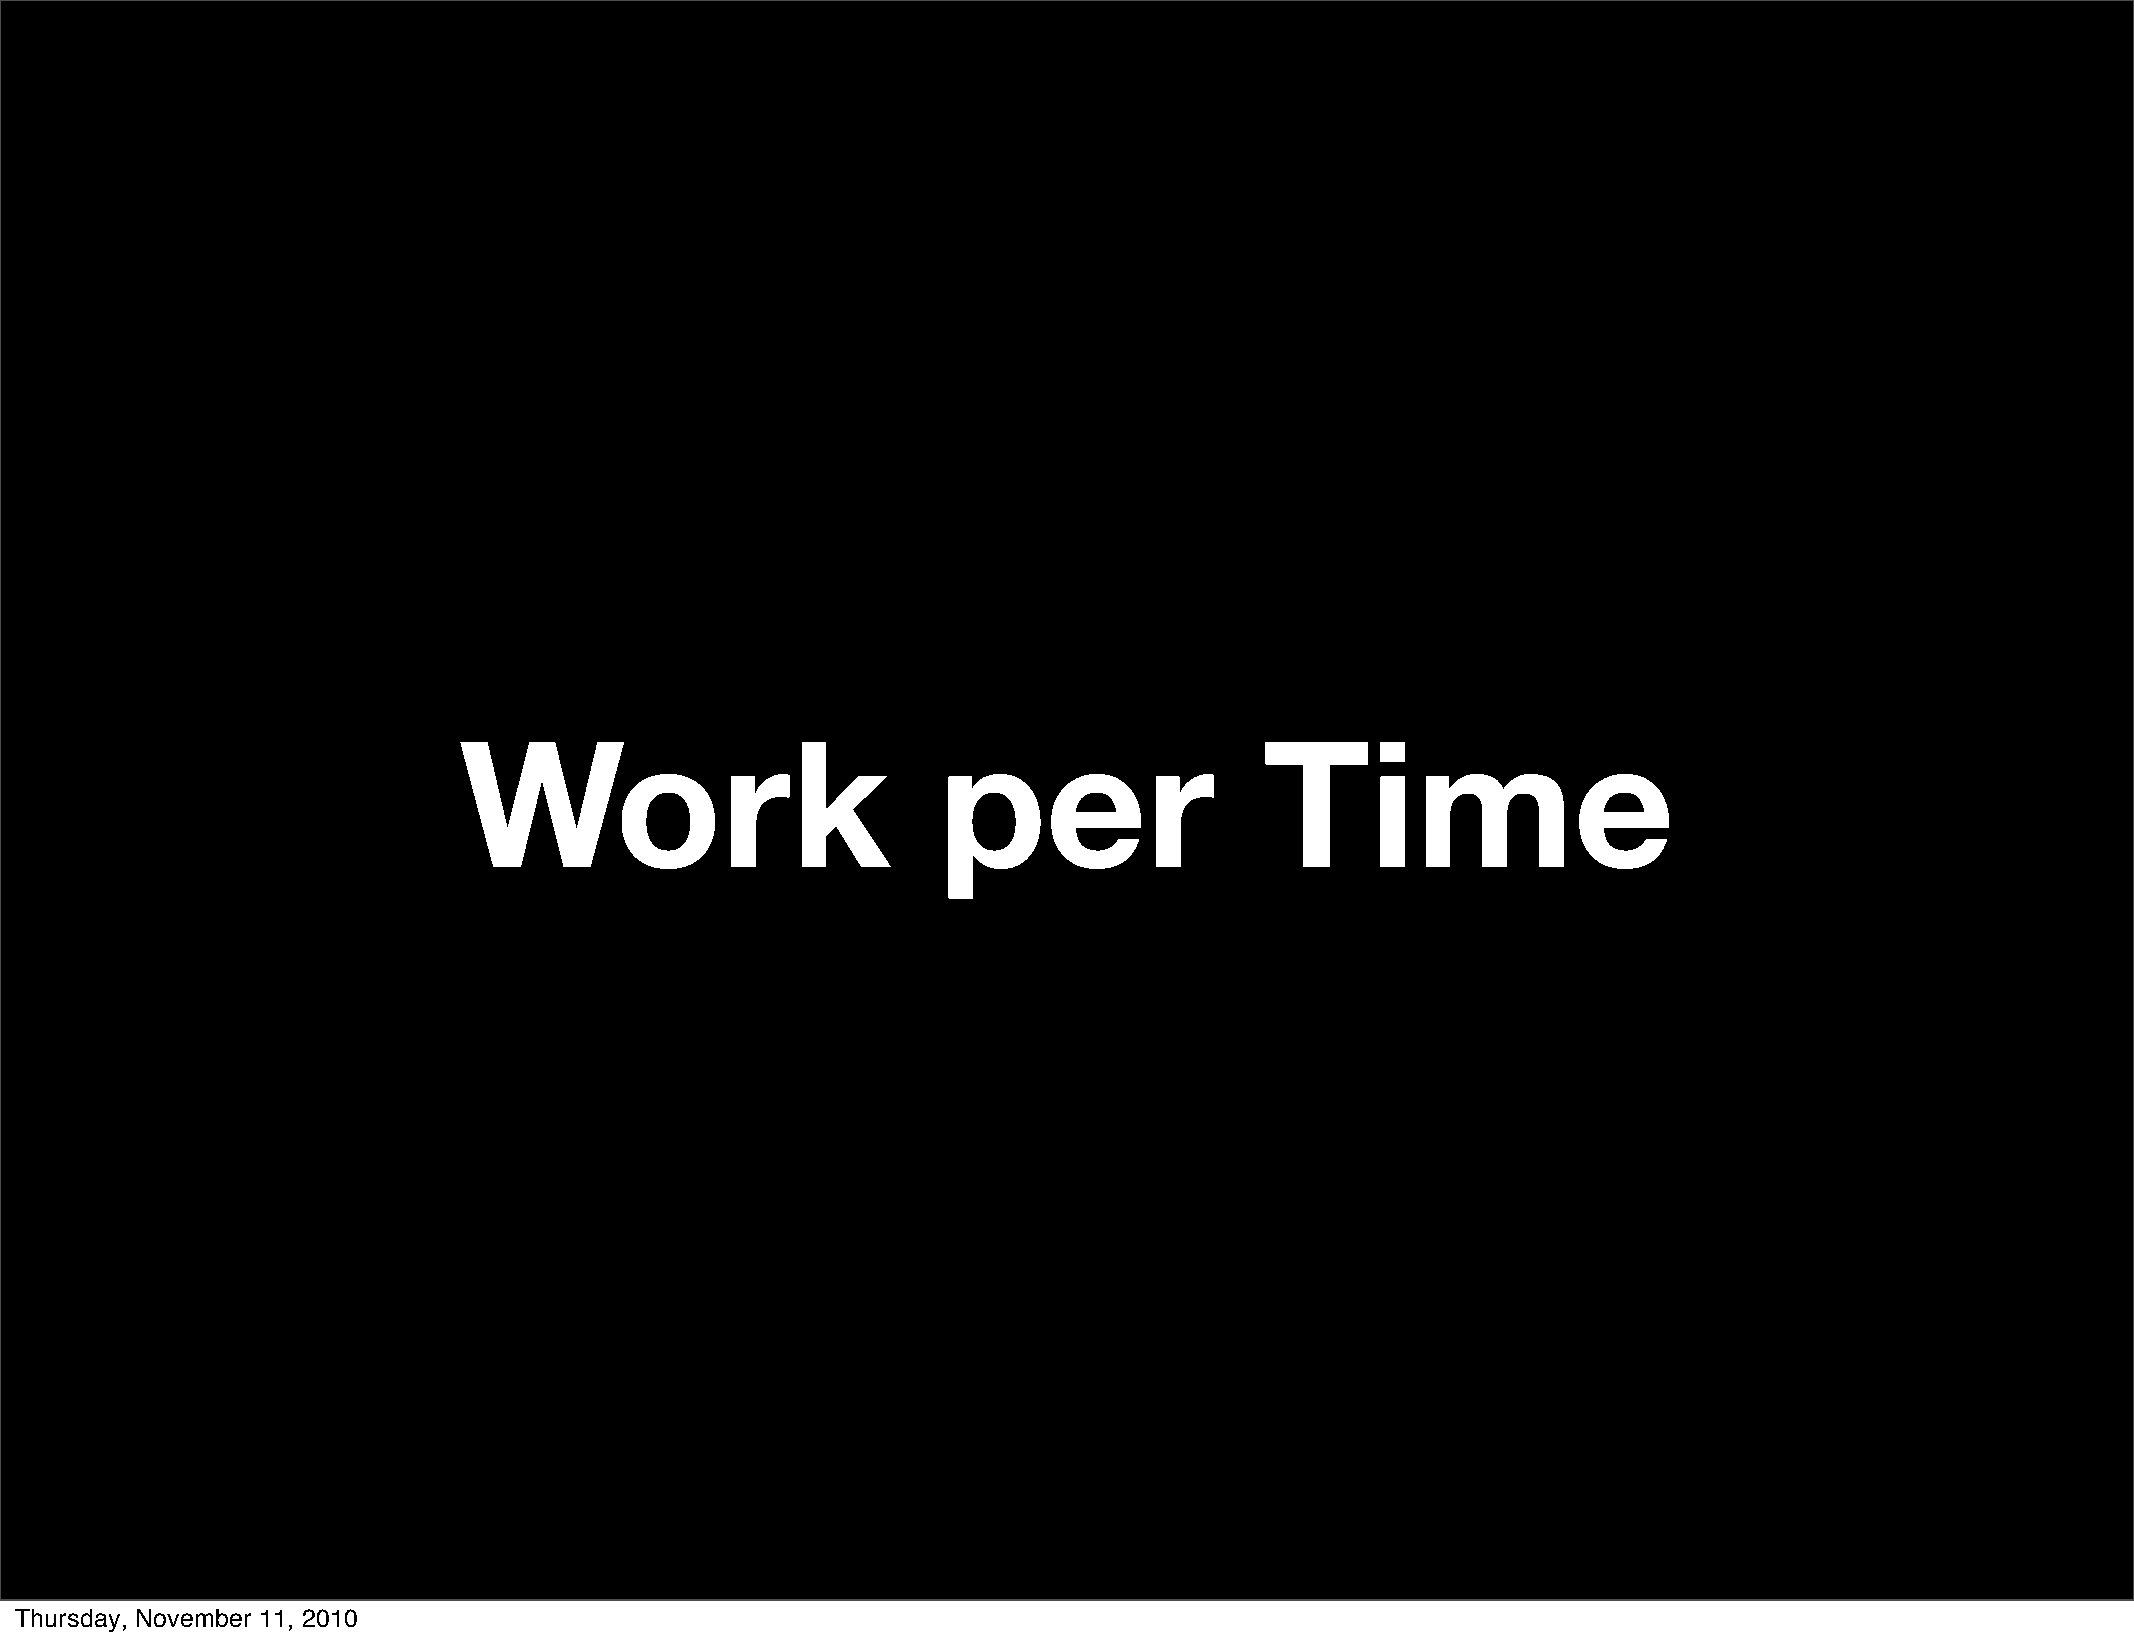
Work                            per                   Time
 Thursday, November 11, 2010